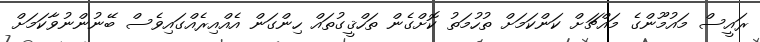
ރައީސް މައުމޫންގެ މައްޗަށް ކަންކަމަށް ތުހުމަތު ކޮށްގެން ތަހްޤީގުތައް ހިންގަން އެއްއިރެއްގައިވެސް ބޭނުންނުވާކަމަށް